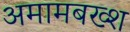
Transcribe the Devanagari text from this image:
अमामबख्श